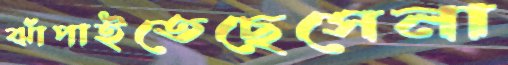
ঝাঁপাইতেছেসেনা